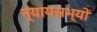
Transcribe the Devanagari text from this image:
न्यायसभ्यों